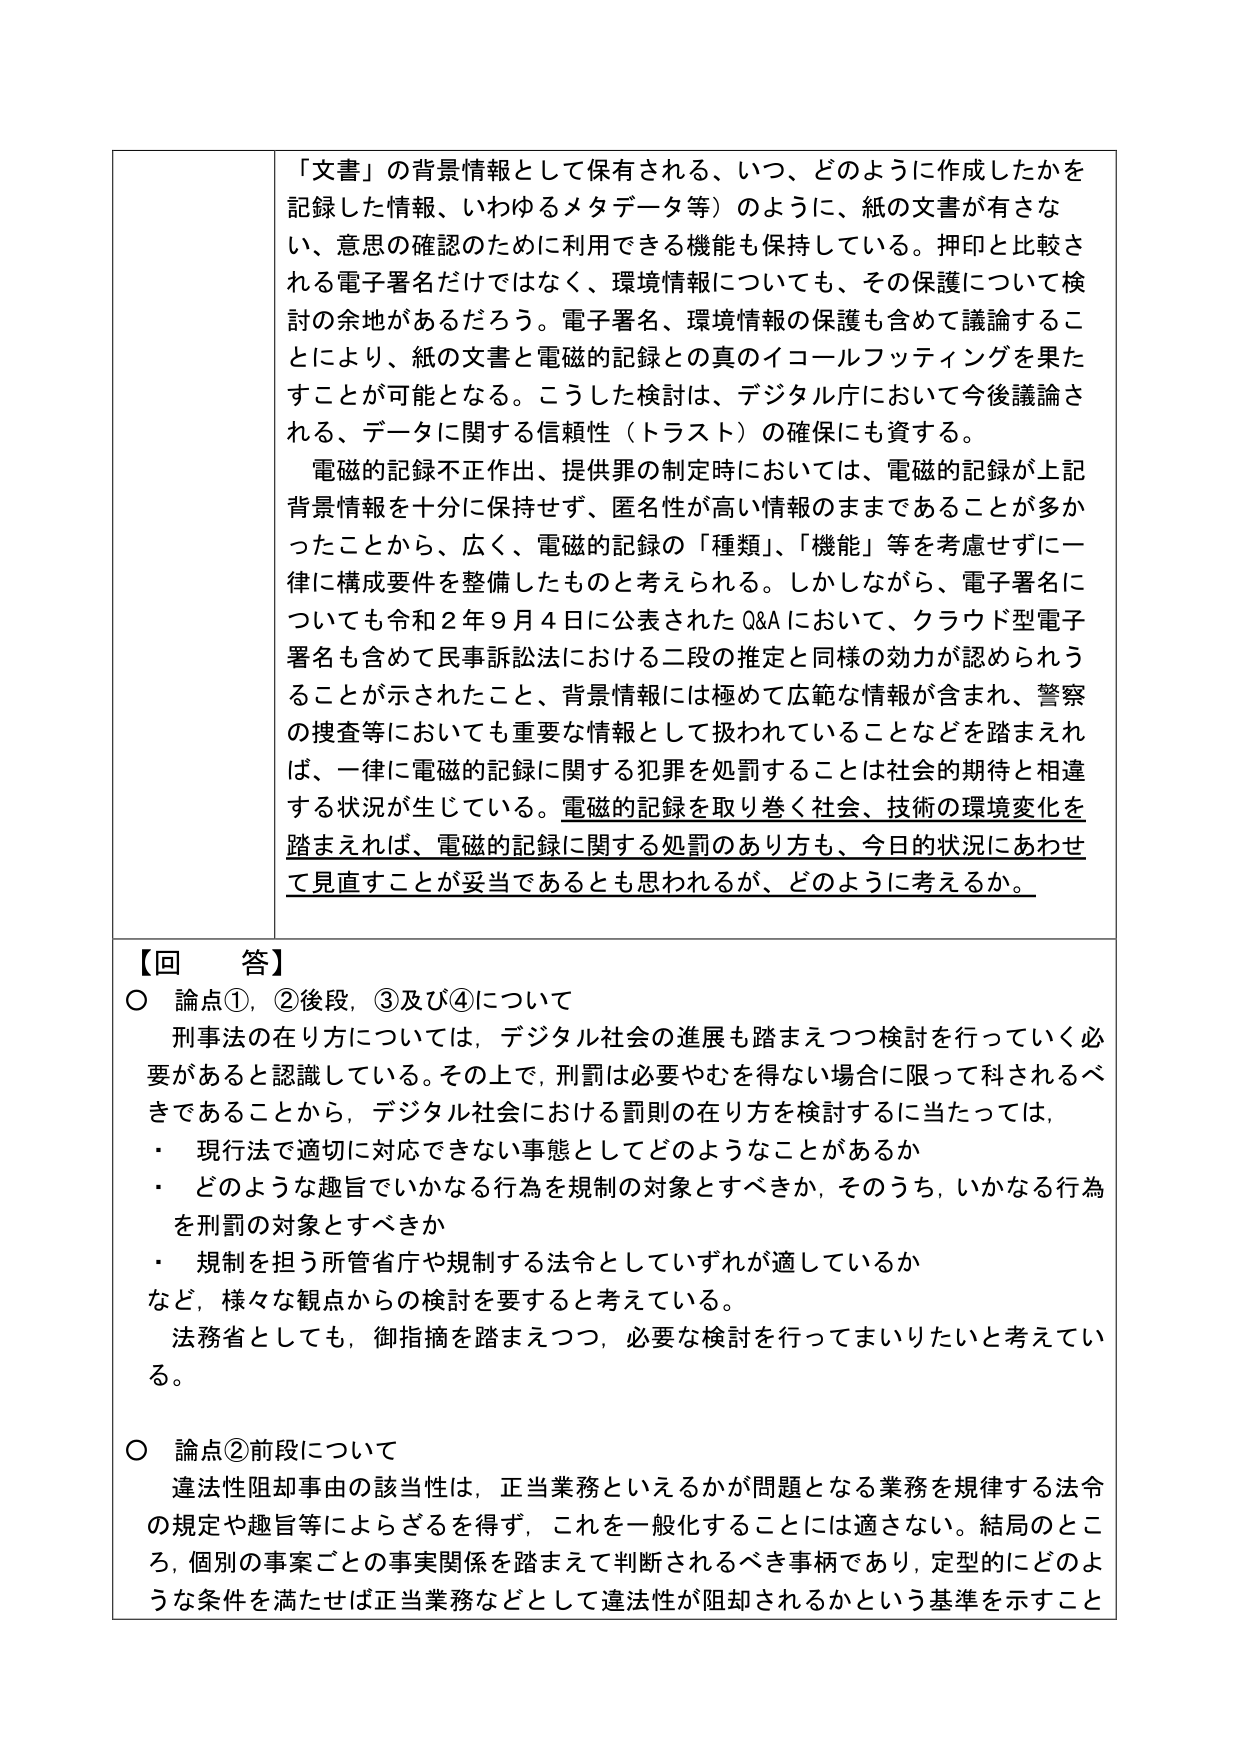
「文書」の背景情報として保有される、いつ、どのように作成したかを記録した情報、いわゆるメタデータ等）のように、紙の文書が有さない、意思の確認のために利用できる機能も保持している。押印と比較される電子署名だけではなく、環境情報についても、その保護について検討の余地があるだろう。電子署名、環境情報の保護も含めて議論することにより、紙の文書と電磁的記録との真のイコールフッティングを果たすことが可能となる。こうした検討は、デジタル庁において今後議論される、データに関する信頼性（トラスト）の確保にも資する。

電磁的記録不正作出、提供罪の制定時においては、電磁的記録が上記背景情報を十分に保持せず、匿名性が高い情報のままであることが多かったことから、広く、電磁的記録の「種類」、「機能」等を考慮せずに一律に構成要件を整備したものと考えられる。しかしながら、電子署名についても令和２年９月４日に公表されたQ&Aにおいて、クラウド型電子署名も含めて民事訴訟法における二段の推定と同様の効力が認められうることが示されたこと、背景情報には極めて広範な情報が含まれ、警察の捜査等においても重要な情報として扱われていることなどを踏まえれば、一律に電磁的記録に関する犯罪を処罰することは社会的期待と相違する状況が生じている。電磁的記録を取り巻く社会、技術の環境変化を踏まえれば、電磁的記録に関する処罰のあり方も、今日の状況にあわせて見直すことが妥当であるとも思われるが、どのように考えるか。

【回答】
○ 論点①，②後段，③及び④について
刑事法の在り方については，デジタル社会の進展も踏まえつつ検討を行っていく必要があると認識している。その上で，刑罰は必要やむを得ない場合に限って科されるべきであることから，デジタル社会における罰則の在り方を検討するに当たっては，
・ 現行法で適切に対応できない事態としてどのようなことがあるか
・ どのような趣旨でいかなる行為を規制の対象とすべきか，そのうち，いかなる行為を刑罰の対象とすべきか
・ 規制を担う所管省庁や規制する法令としていずれが適しているか
など，様々な観点からの検討を要すると考えている。
法務省としても，御指摘を踏まえつつ，必要な検討を行ってまいりたいと考えている。

○ 論点②前段について
違法性阻却事由の該当性は，正当業務といえるかが問題となる業務を規律する法令の規定や趣旨等によらざるを得ず，これを一般化することには適さない。結局のところ，個別の事案ごとの事実関係を踏まえて判断されるべき事柄であり，定型的にどのような条件を満たせば正当業務などとして違法性が阻却されるかという基準を示すこと